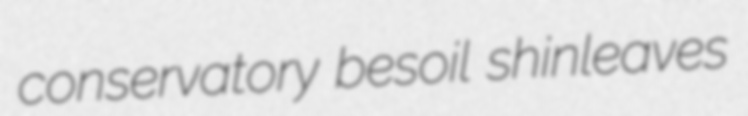
conservatory besoil shinleaves